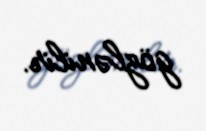
gözlənilir.